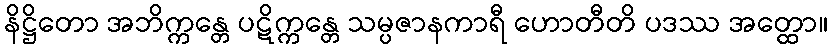
နိဋ္ဌိတော အဘိက္ကန္တေ ပဋိက္ကန္တေ သမ္ပဇာနကာရီ ဟောတီတိ ပဒဿ အတ္ထော။